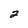
Character: 2